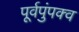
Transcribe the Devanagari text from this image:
पूर्वपुंपक्व